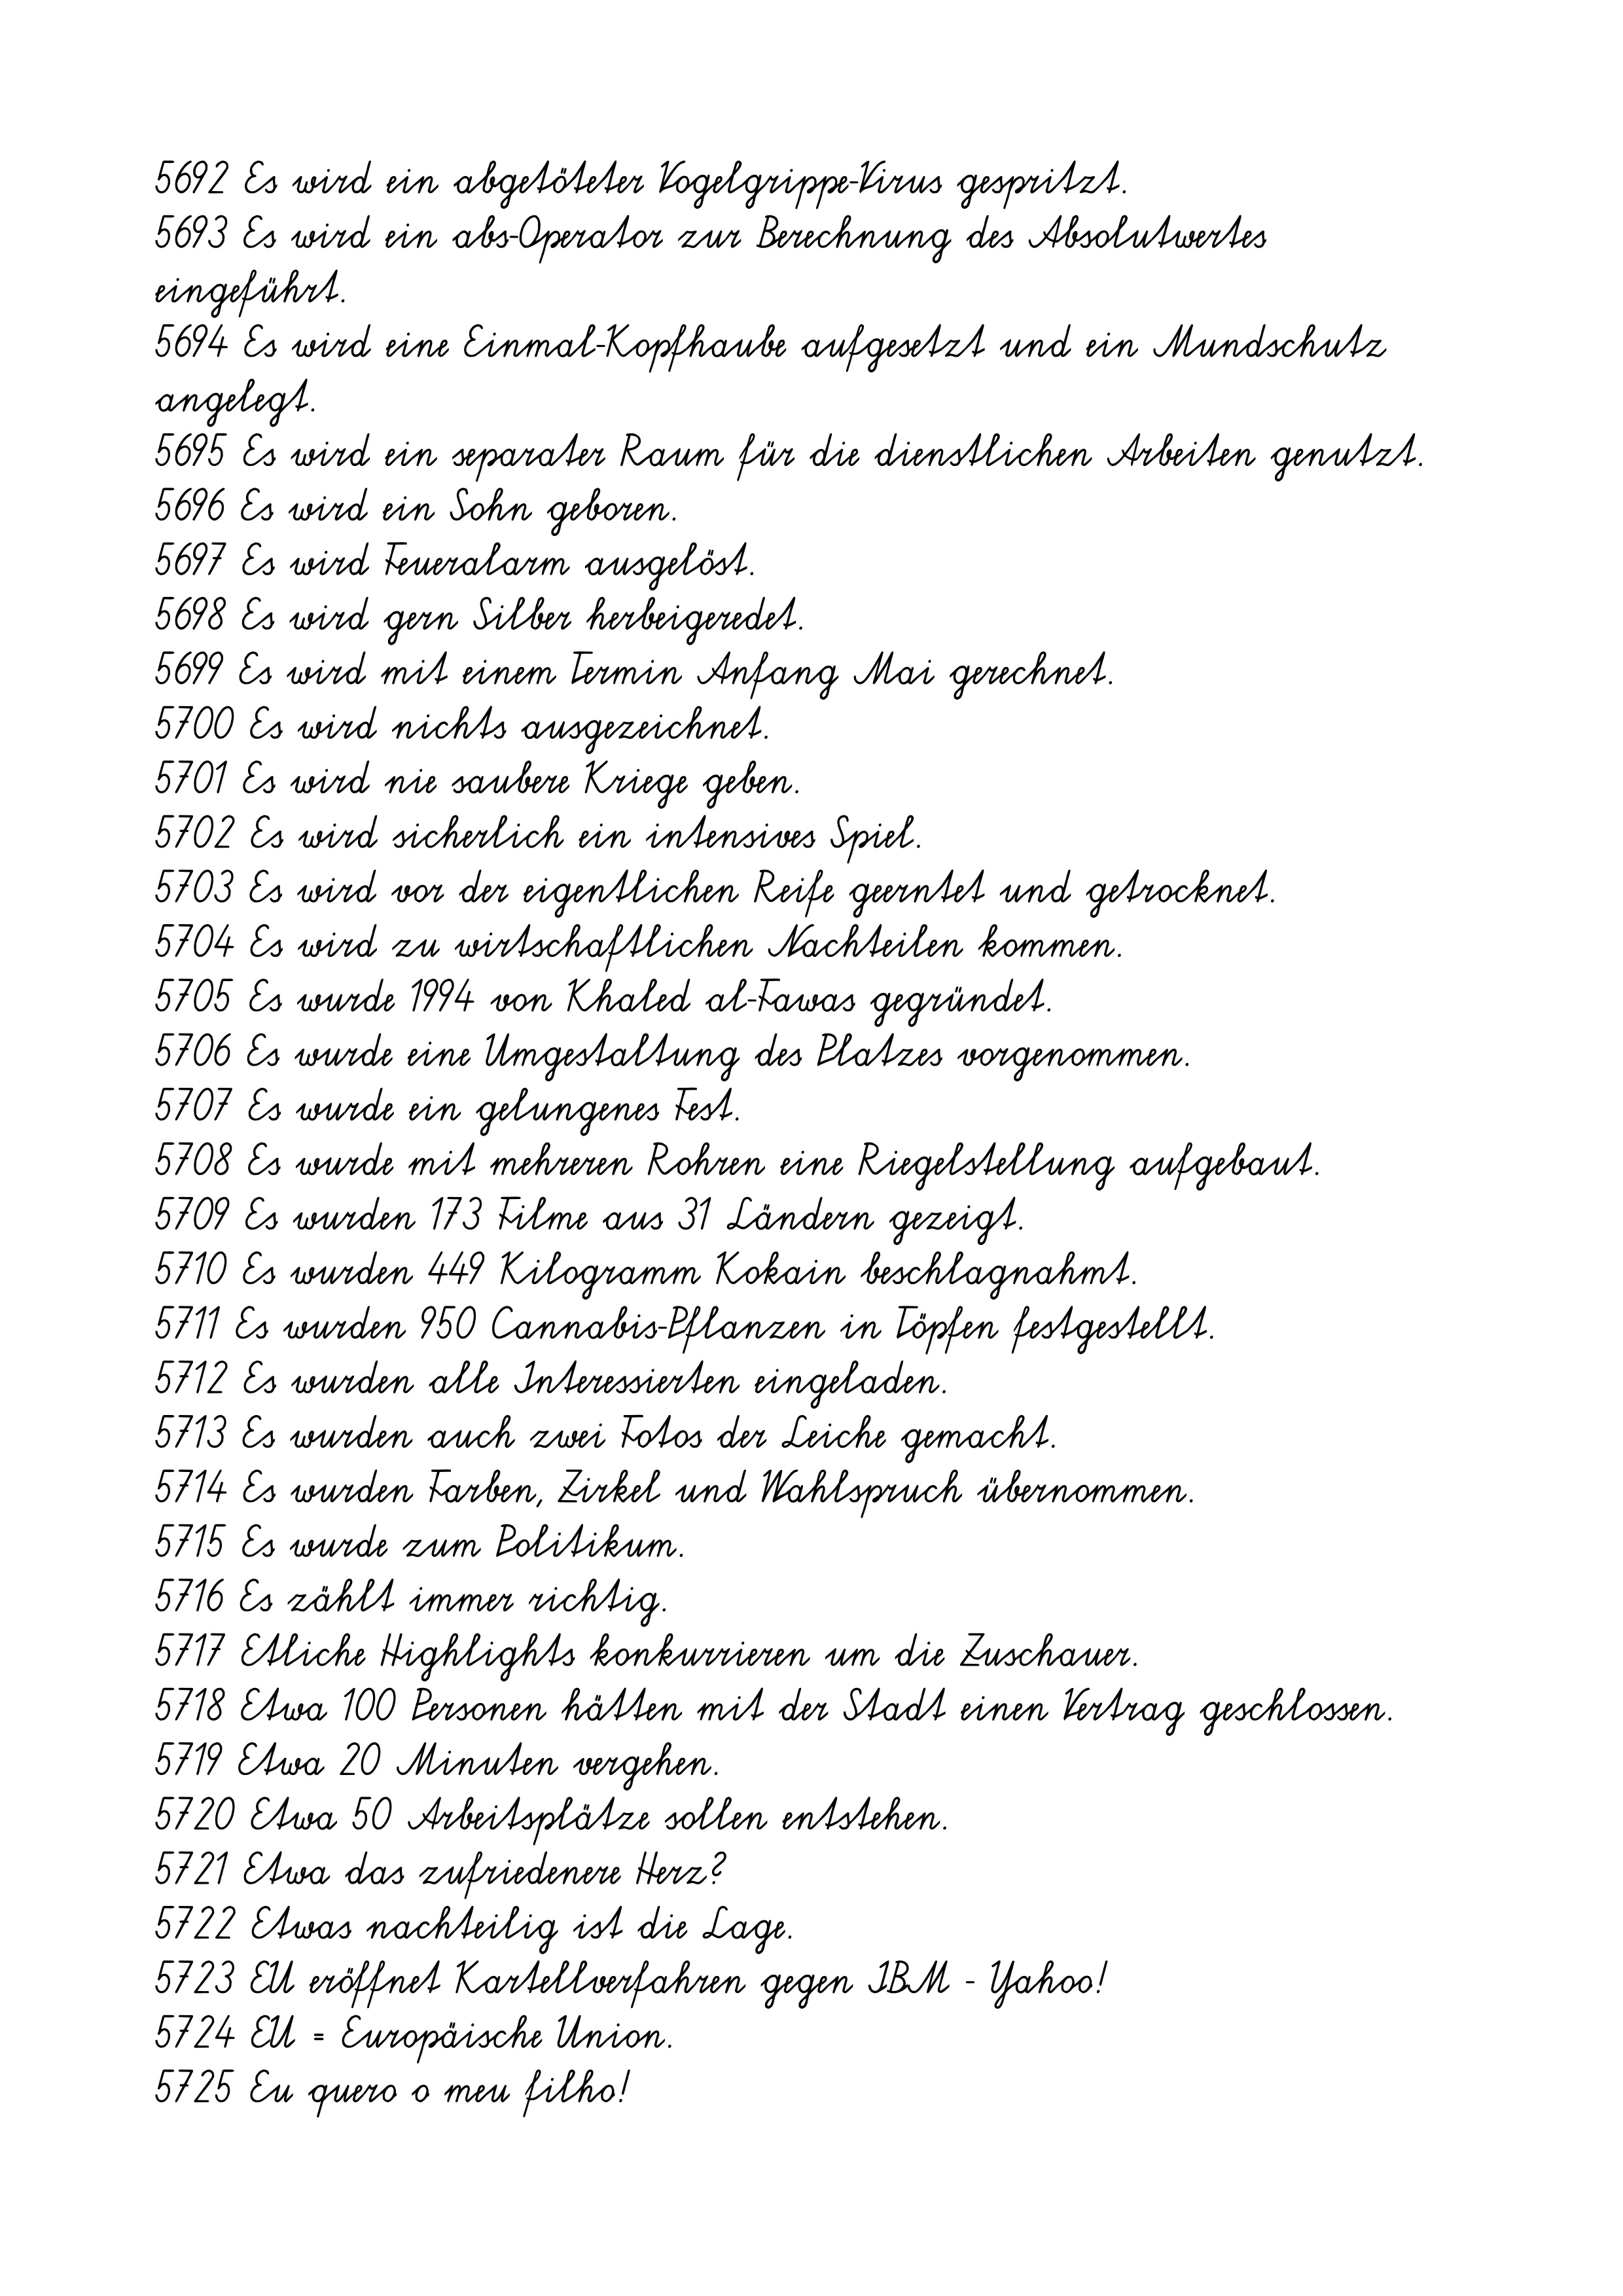
5692 Es wird ein abgetöteter Vogelgrippe-Virus gespritzt.
5693 Es wird ein abs-Operator zur Berechnung des Absolutwertes
eingeführt.
5694 Es wird eine Einmal-Kopfhaube aufgesetzt und ein Mundschutz
angelegt.
5695 Es wird ein separater Raum für die dienstlichen Arbeiten genutzt.
5696 Es wird ein Sohn geboren.
5697 Es wird Feueralarm ausgelöst.
5698 Es wird gern Silber herbeigeredet.
5699 Es wird mit einem Termin Anfang Mai gerechnet.
5700 Es wird nichts ausgezeichnet.
5701 Es wird nie saubere Kriege geben.
5702 Es wird sicherlich ein intensives Spiel.
5703 Es wird vor der eigentlichen Reife geerntet und getrocknet.
5704 Es wird zu wirtschaftlichen Nachteilen kommen.
5705 Es wurde 1994 von Khaled al-Fawas gegründet.
5706 Es wurde eine Umgestaltung des Platzes vorgenommen.
5707 Es wurde ein gelungenes Fest.
5708 Es wurde mit mehreren Rohren eine Riegelstellung aufgebaut.
5709 Es wurden 173 Filme aus 31 Ländern gezeigt.
5710 Es wurden 449 Kilogramm Kokain beschlagnahmt.
5711 Es wurden 950 Cannabis-Pflanzen in Töpfen festgestellt.
5712 Es wurden alle Interessierten eingeladen.
5713 Es wurden auch zwei Fotos der Leiche gemacht.
5714 Es wurden Farben, Zirkel und Wahlspruch übernommen.
5715 Es wurde zum Politikum.
5716 Es zählt immer richtig.
5717 Etliche Highlights konkurrieren um die Zuschauer.
5718 Etwa 100 Personen hätten mit der Stadt einen Vertrag geschlossen.
5719 Etwa 20 Minuten vergehen.
5720 Etwa 50 Arbeitsplätze sollen entstehen.
5721 Etwa das zufriedenere Herz?
5722 Etwas nachteilig ist die Lage.
5723 EU eröffnet Kartellverfahren gegen IBM - Yahoo!
5724 EU = Europäische Union.
5725 Eu quero o meu filho!